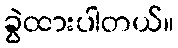
ခွဲထားပါတယ်။